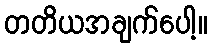
တတိယအချက်ပေါ့။